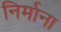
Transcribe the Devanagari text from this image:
निर्माना